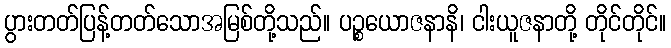
ပွားတတ်ပြန့်တတ်သောအမြစ်တို့သည်။ ပဉ္စယောဇနာနိ၊ ငါးယူဇနာတို့ တိုင်တိုင်။